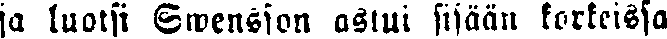
ja luotsi Swensson astui sisään korkeissa